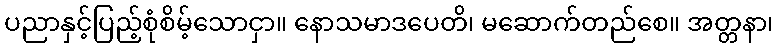
ပညာနှင့်ပြည့်စုံစိမ့်သောငှာ။ နောသမာဒပေတိ၊ မဆောက်တည်စေ။ အတ္တနာ၊